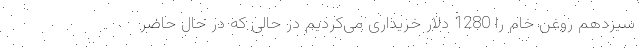
سیزدهم روغن خام را 1280 دلار خریداری می‌کردیم در حالی که در حال حاضر